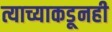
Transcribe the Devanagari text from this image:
त्याच्याकडूनही